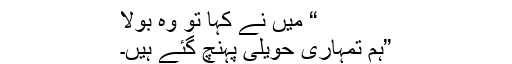
“ میں نے کہا تو وہ بولا
”ہم تمہاری حویلی پہنچ گئے ہیں۔